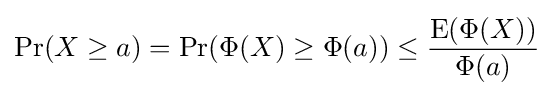
\Pr(X\geq a)=\Pr(\Phi (X)\geq \Phi (a))\leq {\frac {\operatorname {E} (\Phi (X))}{\Phi (a)}}